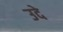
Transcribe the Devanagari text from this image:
उदे